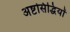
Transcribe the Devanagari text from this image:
अष्टसिद्धियों